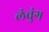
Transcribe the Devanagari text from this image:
लंचुंग